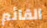
القائم